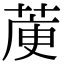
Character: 𦳅